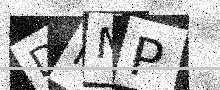
Text: DNNP